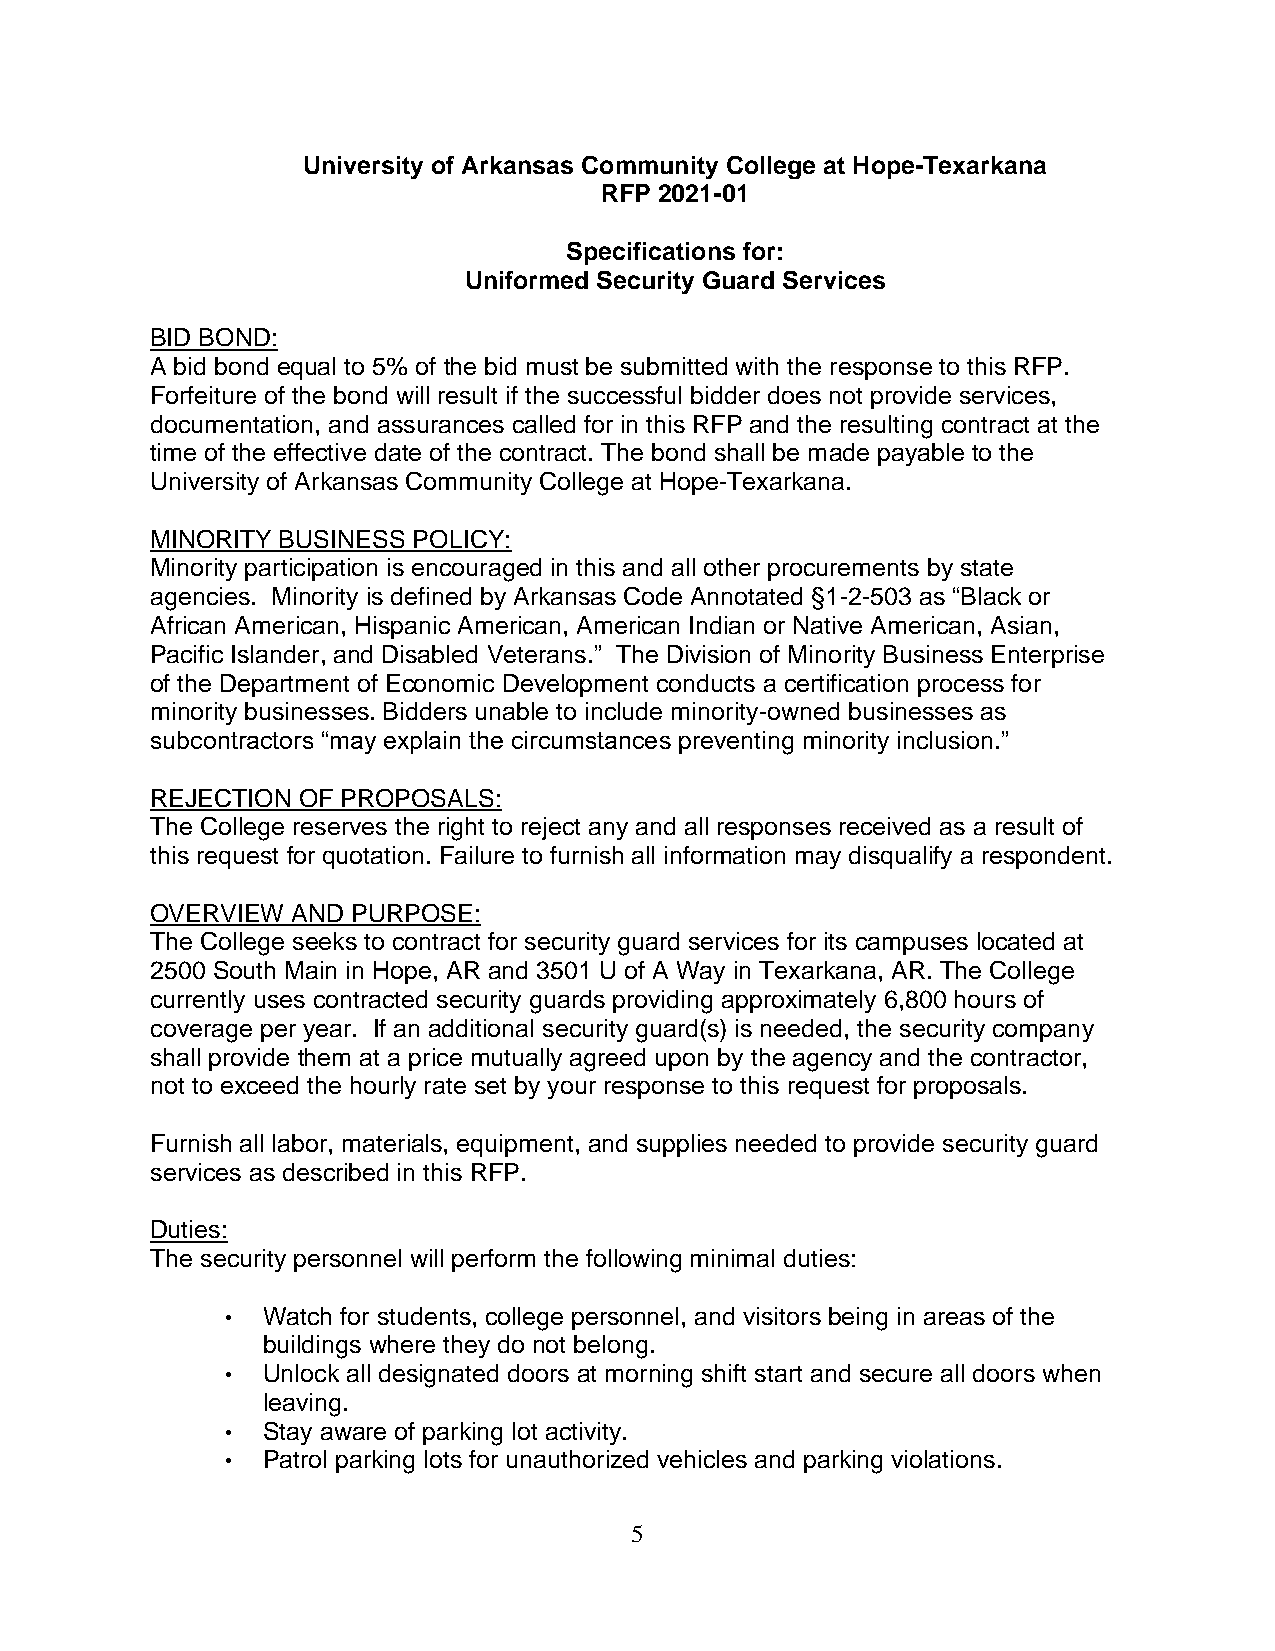
University of Arkansas Community College at Hope-Texarkana
 RFP 2021-01
 Specifications for:
 Uniformed Security Guard Services
 BID BOND:
 A bid bond equal to 5% of the bid must be submitted with the response to this RFP.
 Forfeiture of the bond will result if the successful bidder does not provide services,
 documentation, and assurances called for in this RFP and the resulting contract at the
 time of the effective date of the contract. The bond shall be made payable to the
 University of Arkansas Community College at Hope-Texarkana.
 MINORITY BUSINESS POLICY:
 Minority participation is encouraged in this and all other procurements by state
 agencies. Minority is defined by Arkansas Code Annotated §1-2-503 as “Black or
 African American, Hispanic American, American Indian or Native American, Asian,
 Pacific Islander, and Disabled Veterans.” The Division of Minority Business Enterprise
 of the Department of Economic Development conducts a certification process for
 minority businesses. Bidders unable to include minority-owned businesses as
 subcontractors “may explain the circumstances preventing minority inclusion.”
 REJECTION OF PROPOSALS:
 The College reserves the right to reject any and all responses received as a result of
 this request for quotation. Failure to furnish all information may disqualify a respondent.
 OVERVIEW AND PURPOSE:
 The College seeks to contract for security guard services for its campuses located at
 2500 South Main in Hope, AR and 3501 U of A Way in Texarkana, AR. The College
 currently uses contracted security guards providing approximately 6,800 hours of
 coverage per year. If an additional security guard(s) is needed, the security company
 shall provide them at a price mutually agreed upon by the agency and the contractor,
 not to exceed the hourly rate set by your response to this request for proposals.
 Furnish all labor, materials, equipment, and supplies needed to provide security guard
 services as described in this RFP.
 Duties:
 The security personnel will perform the following minimal duties:
 • Watch for students, college personnel, and visitors being in areas of the
 buildings where they do not belong.
 • Unlock all designated doors at morning shift start and secure all doors when
 leaving.
 • Stay aware of parking lot activity.
 • Patrol parking lots for unauthorized vehicles and parking violations.
 5